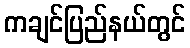
ကချင်ပြည်နယ်တွင်